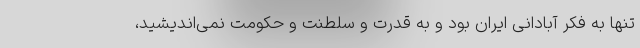
تنها به فکر آبادانی ایران بود و به قدرت و سلطنت و حکومت نمی‌اندیشید،